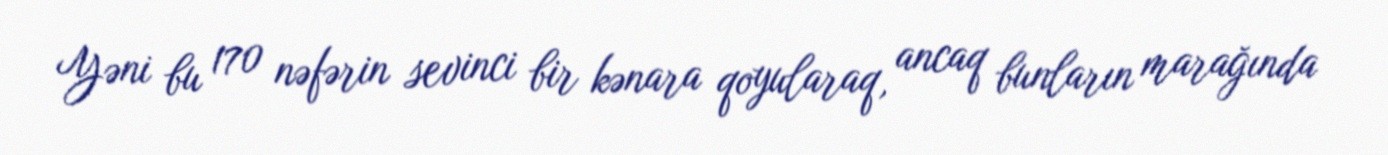
Yəni bu 170 nəfərin sevinci bir kənara qoyularaq, ancaq bunların marağında